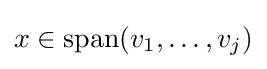
x\in \operatorname {span} (v_{1},\dotsc ,v_{j})